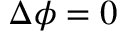
\Delta \phi = 0